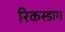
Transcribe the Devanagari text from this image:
रिकस्डाग